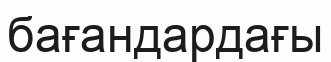
бағандардағы